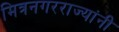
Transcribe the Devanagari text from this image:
मित्रनगरराज्यांनी